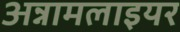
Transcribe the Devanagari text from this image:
अन्नामलाइयर